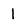
Character: 1